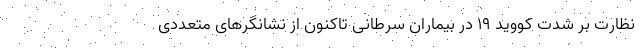
نظارت بر شدت کووید ۱۹ در بیماران سرطانی تاکنون از نشانگرهای متعددی